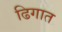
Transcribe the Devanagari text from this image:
ढिगात